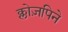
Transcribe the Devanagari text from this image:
क्लोज़पिने